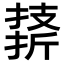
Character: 𪮣